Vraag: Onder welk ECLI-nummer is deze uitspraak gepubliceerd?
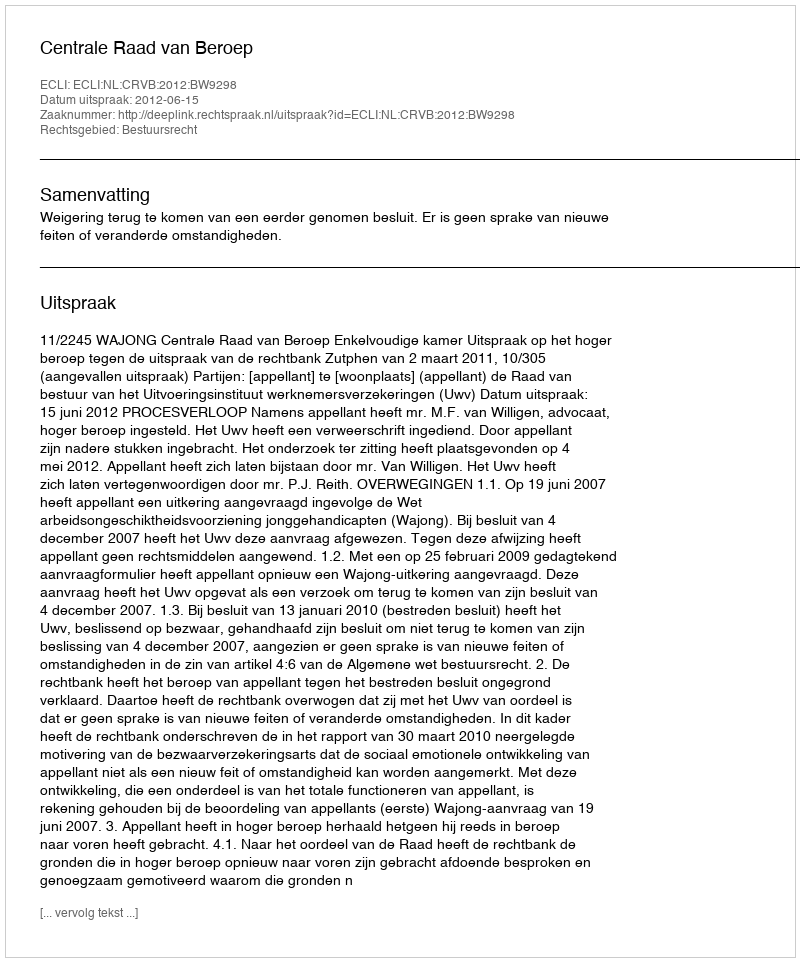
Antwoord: ECLI:NL:CRVB:2012:BW9298